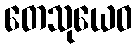
တေသုယေဝ